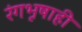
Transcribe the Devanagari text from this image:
रंगभूषाही